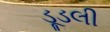
ડૂડલી